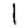
Digit: 1